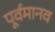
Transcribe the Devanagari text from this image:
पूर्वमानव